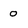
Character: 0